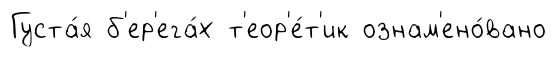
Густа́я б'ер'ега́х т'еор'е́т'ик ознам'ено́вано